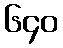
၆၄၀